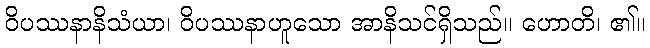
ဝိပဿနာနိသံယာ၊ ဝိပဿနာဟူသော အာနိသင်ရှိသည်။ ဟောတိ၊ ၏။